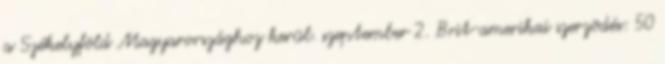
a Székelyföld Magyarországhoz kerül. szeptember 2. Brit-amerikai szerzõdés: 50